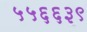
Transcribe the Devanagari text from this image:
५५६६३९